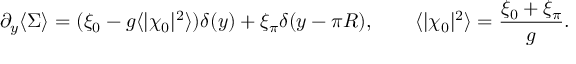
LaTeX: \partial _ { y } \langle \Sigma \rangle = ( \xi _ { 0 } - g \langle | \chi _ { 0 } | ^ { 2 } \rangle ) \delta ( y ) + \xi _ { \pi } \delta ( y - \pi R ) , \qquad \langle | \chi _ { 0 } | ^ { 2 } \rangle = { \frac { \xi _ { 0 } + \xi _ { \pi } } { g } } .